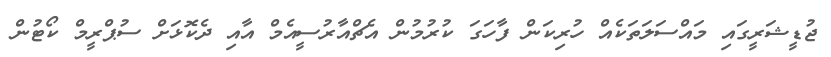
ޖުޑީޝަރީގައި މައްސަލަތަކެއް ހުރިކަން ފާހަގަ ކުރުމުން އެޗްއާރުސީއެމް އާއި ދެކޮޅަށް ސުޕްރީމް ކޯޓުން